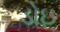
ડોઇ